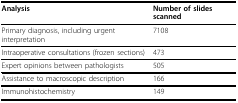
| Analysis | Number of slides scanned |
 | --- | --- |
 | Primary diagnosis, including urgent interpretation | 7108 |
 | Intraoperative consultations (frozen sections) | 473 |
 | Expert opinions between pathologists | 505 |
 | Assistance to macroscopic description | 166 |
 | Immunohistochemistry | 149 |